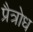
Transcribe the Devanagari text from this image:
प्रैत्रोध